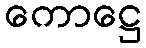
ကောဋ္ဌေ